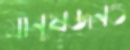
মানুষজনও